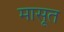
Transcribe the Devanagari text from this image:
मासूत